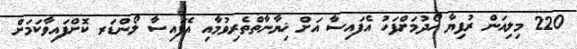
220 މިލިއަން ރުފިޔާ ހޯދުމަށްފަހު އެފައިސާ އަށް ޚިޔާނާތްތެރިވުމާއި އެފައިސާ ލޯންޑަރ ކޮށްފައިވާކަމަށް